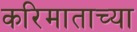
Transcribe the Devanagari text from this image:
करिमाताच्या